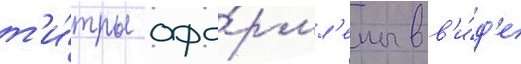
т'и́тры офо́рмл'ены в в'и́д'е